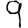
Digit: 9